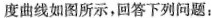
度曲线如图所示，回答下列问题：